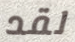
لقد